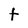
Character: t